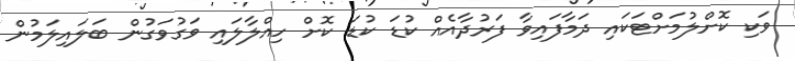
ވަކި ކޮށްލުމަށްޓަކައި ދަމާފައިވާ ފަރުދާއެއް ކުޑަ ކުޑަ ކޮށް ހިއްލާލައި ވަގުވަގުން ބަލައިލަމުން